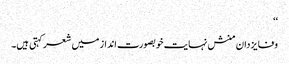
‘‘
وفا یزدان منش نہایت خوبصورت انداز میں شعرکہتی ہیں۔